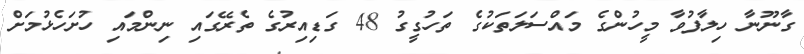
ގާނޫނާ ހިލާފުވާ މީހުންގެ މައްސަލަތަކުގެ ތަހުގީގު 48 ގަޑިއިރުގެ ތެރޭގައި ނިންމައި ހުށަހެޅުމަށް